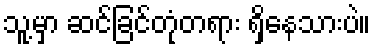
သူ့မှာ ဆင်ခြင်တုံတရား ရှိနေသားပဲ။